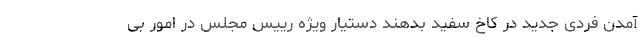
آمدن فردی جدید در کاخ سفید بدهند دستیار ویژه رییس مجلس در امور بی